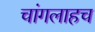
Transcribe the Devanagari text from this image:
चांगलाहच